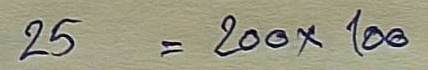
25 = 200x100